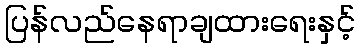
ပြန်လည်နေရာချထားရေးနှင့်